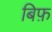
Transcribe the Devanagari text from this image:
बिफ़